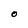
Character: O